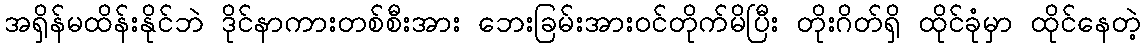
အရှိန်မထိန်းနိုင်ဘဲ ဒိုင်နာကားတစ်စီးအား ဘေးခြမ်းအားဝင်တိုက်မိပြီး တိုးဂိတ်ရှိ ထိုင်ခုံမှာ ထိုင်နေတဲ့